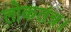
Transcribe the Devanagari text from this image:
लोकतंत्र।